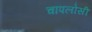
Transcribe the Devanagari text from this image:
चापलोसी